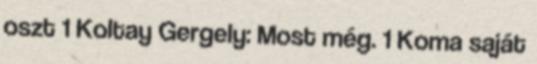
oszt 1 Koltay Gergely: Most még. 1 Koma saját